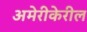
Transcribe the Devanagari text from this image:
अमेरीकेरील